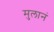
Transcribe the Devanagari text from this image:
मुलानं